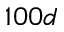
1 0 0 d